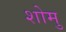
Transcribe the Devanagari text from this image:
शोमु